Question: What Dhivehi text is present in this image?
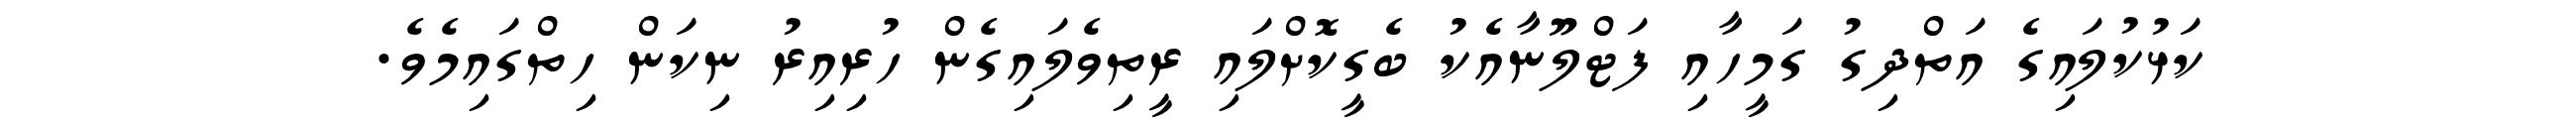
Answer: ކަޅުކުލައިގެ އަތްދިގު ގަމީހާއި ފަޓްލޫނާއެކު ބެގީކޮށްލައި ރީތިވެލައިގެން ހުރިއިރު ނިކަން ހިތްގައިމެވެ.